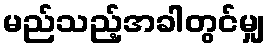
မည်သည့်အခါတွင်မျှ